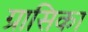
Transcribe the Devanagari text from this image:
ग्रासिका